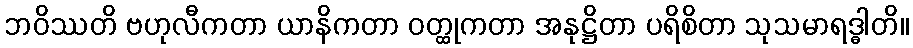
ဘဝိဿတိ ဗဟုလီကတာ ယာနိကတာ ဝတ္ထုကတာ အနုဋ္ဌိတာ ပရိစိတာ သုသမာရဒ္ဓါတိ။